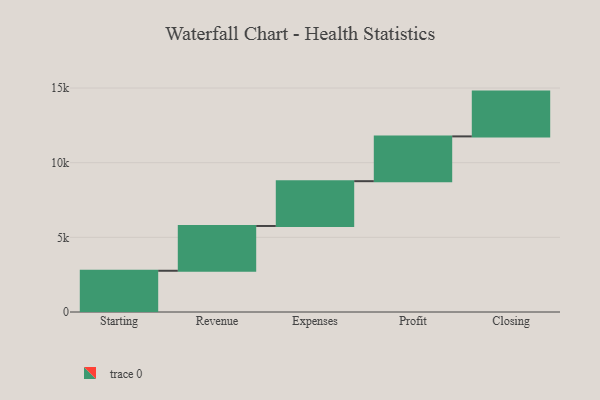
{"axis": {"x": "Step", "y": "Value"}, "legend": [""], "data": [{"x": "Starting", "y": 2762.0, "type": ""}, {"x": "Revenue", "y": 3000, "type": ""}, {"x": "Expenses", "y": 3000, "type": ""}, {"x": "Profit", "y": 3000, "type": ""}, {"x": "Closing", "y": 3000, "type": ""}]}